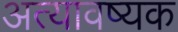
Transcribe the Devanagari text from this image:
अत्यावष्यक